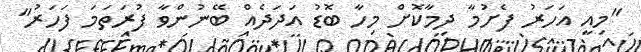
"މިއީ އަހަރު ފެށުމާ ދިމާކޮށް މިހާ ބޮޑު އަދަދެއް ބޭނުންވާ ފުރަތަމަ ފަހަރު"